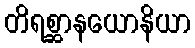
တိရစ္ဆာနယောနိယာ